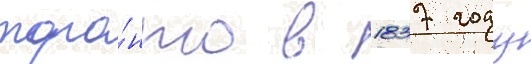
торо́нто в 1837 году